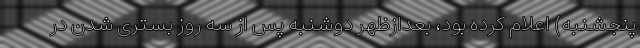
پنجشنبه) اعلام کرده بود، بعدازظهر دوشنبه پس از سه روز بستری شدن در